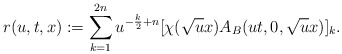
\begin{align*} r(u,t,x):=\sum^{2n}_{k=1}u^{-\frac{k}{2}+n}[\chi(\sqrt{u}x)A_{B}(ut,0,\sqrt{u}x)]_k.\end{align*}